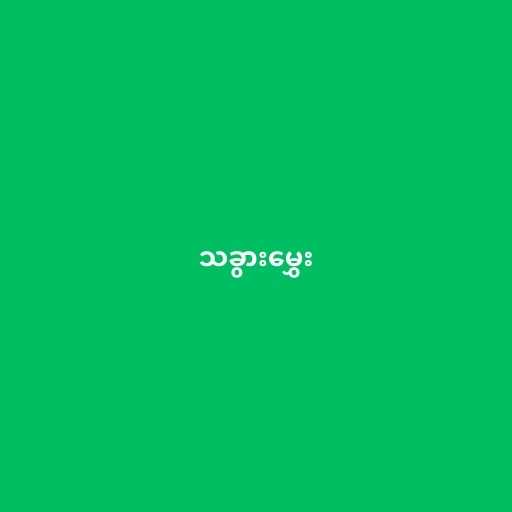
သခွားမွှေး